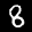
Label: 8